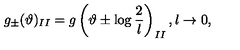
g _ { \pm } ( \vartheta ) _ { I I } = g \left( \vartheta \pm \log \displaystyle \frac { 2 } { l } \right) _ { I I } , l \rightarrow 0 ,